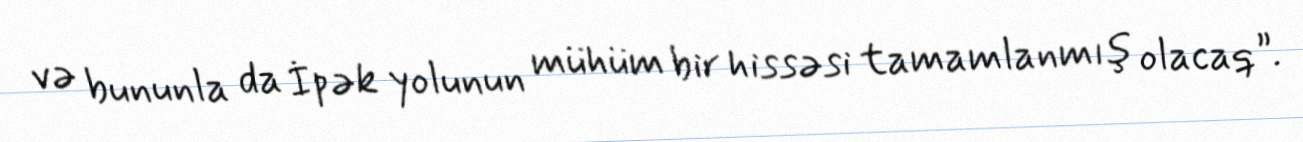
və bununla da İpək yolunun mühüm bir hissəsi tamamlanmış olacaq”.